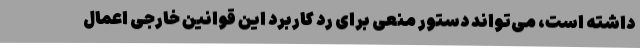
داشته است، می‌تواند دستور منعی برای رد کاربرد این قوانین خارجی اعمال